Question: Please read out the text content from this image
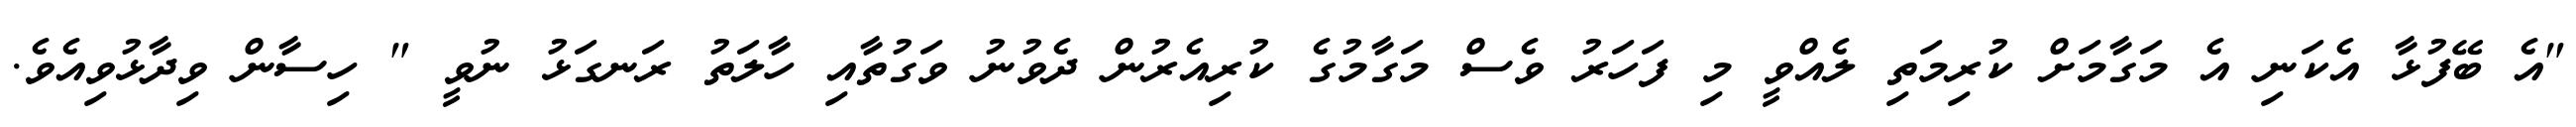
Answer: "އެ ބޭފުޅާ އެކަނި އެ މަގާމަށް ކުރިމަތި ލެއްވީ މި ފަހަރު ވެސް މަގާމުގެ ކުރިއެރުން ދެވުނު ވަގުތާއި ހާލަތު ރަނގަޅު ނުވީ " ހިސާން ވިދާޅުވިއެވެ.